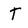
Character: T